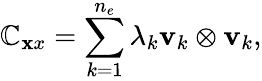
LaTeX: \mathbb{C}_{\mathbf{x}x}=\sum_{k=1}^{n_{e}}\lambda_{k}{\mathbf{v}}_{k}\otimes{\mathbf{v}}_{k},